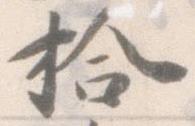
拾